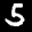
Label: 5